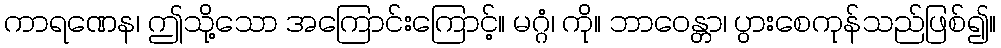
ကာရဏေန၊ ဤသို့သော အကြောင်းကြောင့်။ မဂ္ဂံ၊ ကို။ ဘာဝေန္တာ၊ ပွားစေကုန်သည်ဖြစ်၍။